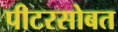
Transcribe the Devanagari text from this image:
पीटरसोबत